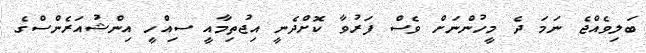
ބަލިވެއްޖެ ނަމަ ދެ މީހުންނަށް ވެސް ފަރުވާ ކޮށްދެނީ އިޖުތިމާއީ ސިއްހީ އިންޝުއަރެންސްގެ